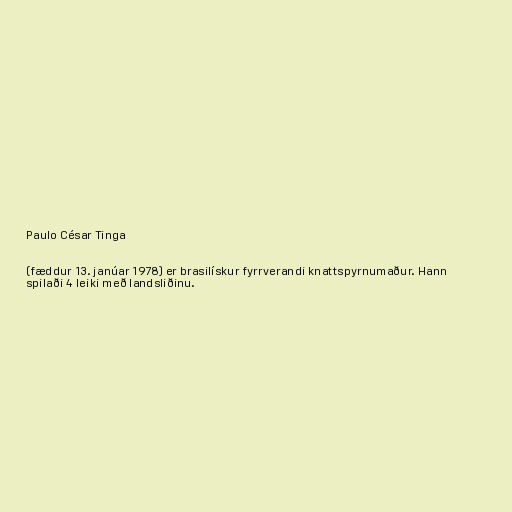
Paulo César Tinga

(fæddur 13. janúar 1978) er brasilískur fyrrverandi knattspyrnumaður. Hann
spilaði 4 leiki með landsliðinu.